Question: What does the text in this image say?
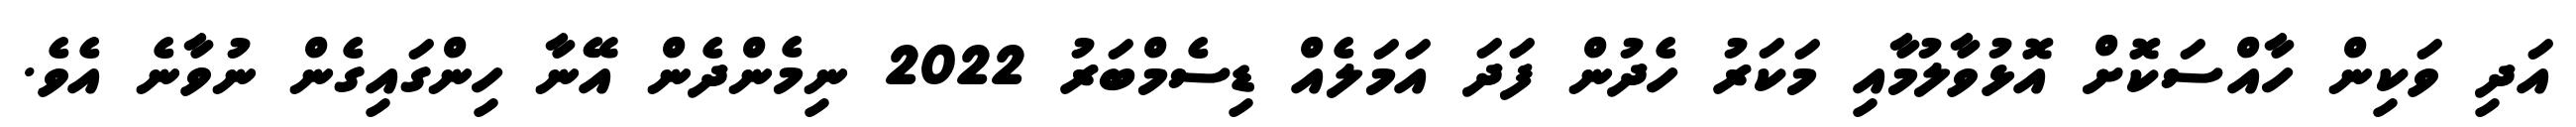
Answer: އަދި ވަކިން ހާއްސަކޮށް އޮޅުވާލުމާއި މަކަރު ހެދުން ފަދަ އަމަލެއް ޑިސެމްބަރު 2022 ނިމެންދެން އޭނާ ހިންގައިގެން ނުވާނެ އެވެ.